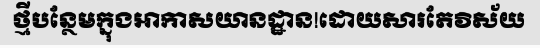
ថ្មីបន្ថែមក្នុងអាកាសយានដ្ឋាន!ដោយសារតែវិស័យ